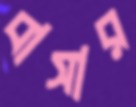
বাসার